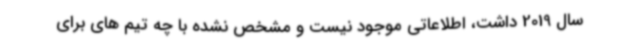
سال 2019 داشت، اطلاعاتی موجود نیست و مشخص نشده با چه تیم های برای